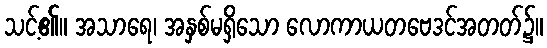
သင့်၏။ အသာရေ၊ အနှစ်မရှိသော လောကာယတဗေဒင်အတတ်၌။